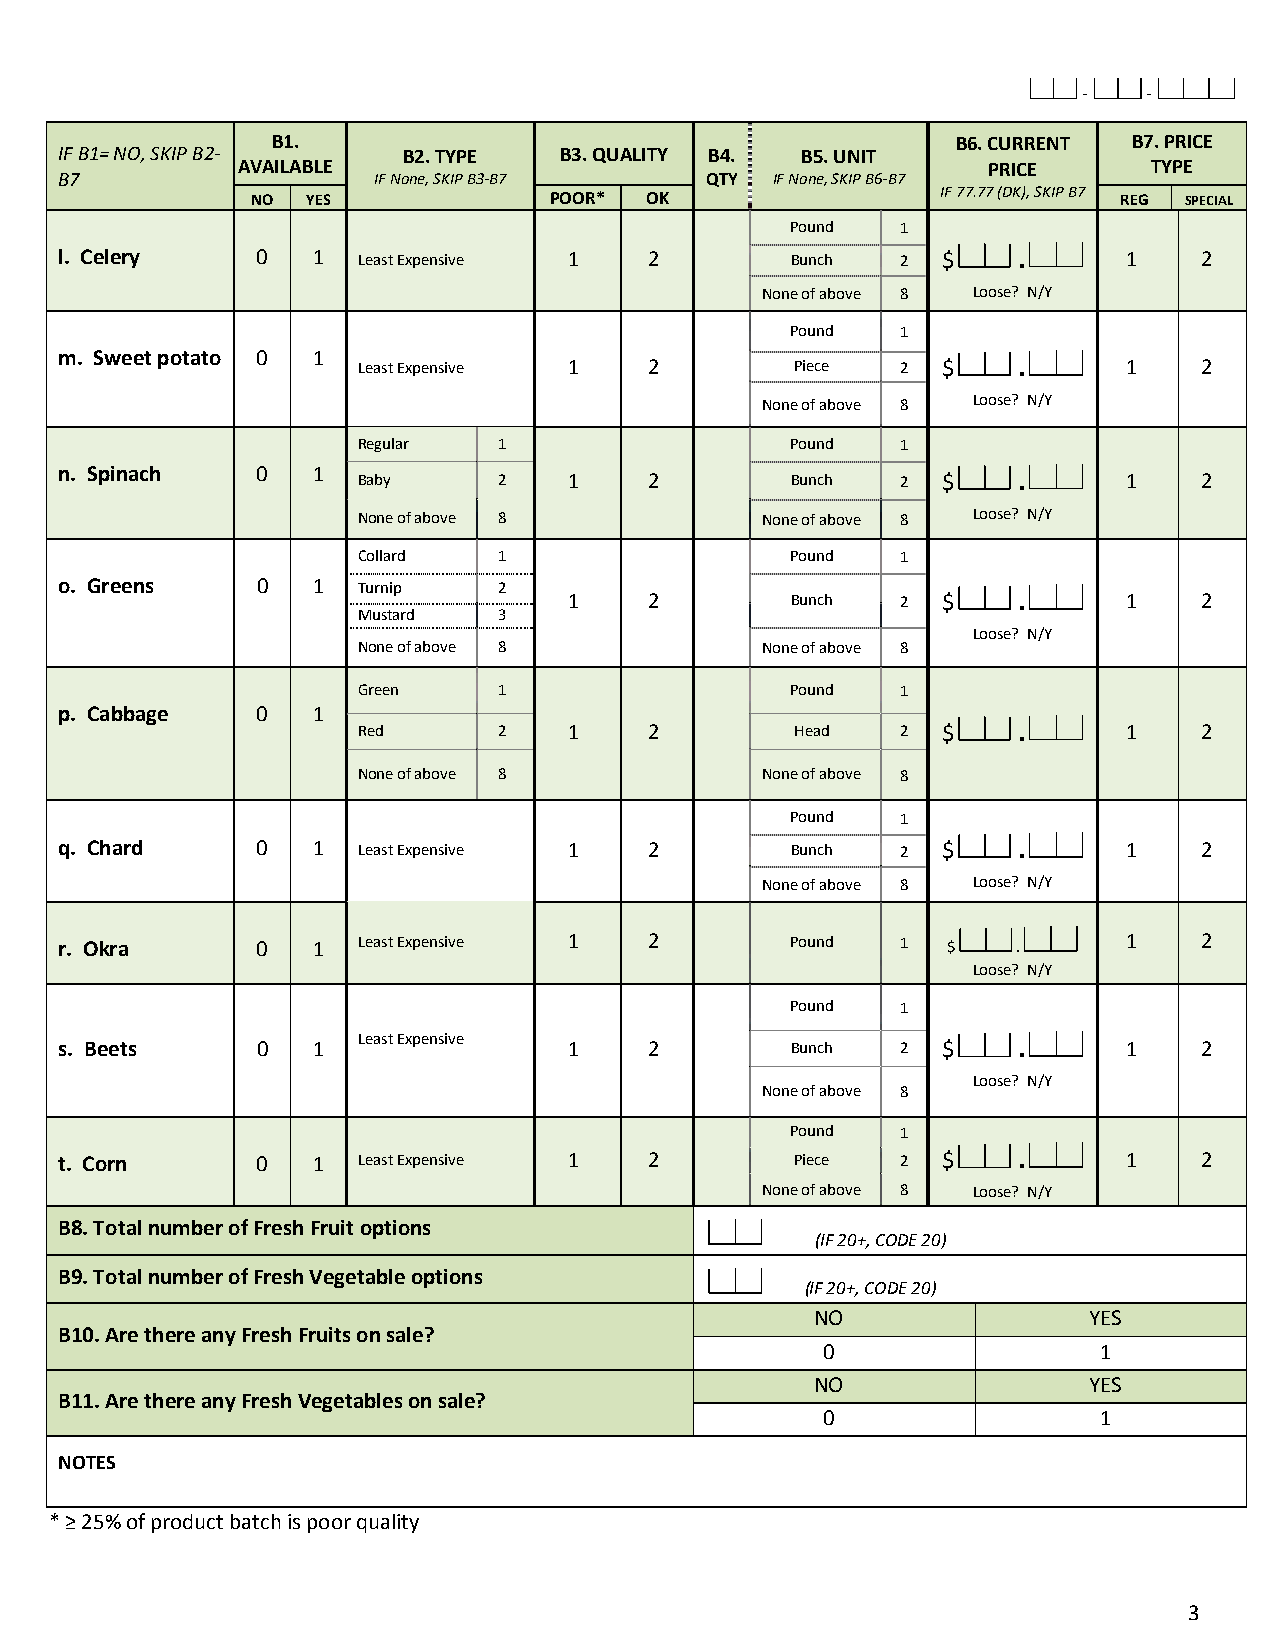
-   -
 B1.                                          B6. CURRENT B7. PRICE
 IF B1= NO, SKIP B2-    B2. TYPE  B3. QUALITY B4. B5. UNIT
 AVAILABLE                                        PRICE      TYPE
 B7                   IF None, SKIP B3-B7   QTY IF None, SKIP B6-B7
 IF 77.77 (DK), SKIP B7
 NO YES             POOR*  OK                             REG SPECIAL
 Pound   1
 l. Celery    0   1  Least Expensive 1  2        Bunch   2 $    .       1    2
 None of above 8 Loose? N/Y
 Pound   1
 m. Sweet potato 0 1
 Least Expensive 1  2         Piece  2 $    .       1    2
 None of above 8 Loose? N/Y
 Regular  1                  Pound   1
 n. Spinach   0   1  Baby     2    1    2        Bunch   2 $    .       1    2
 None of above 8           None of above 8 Loose? N/Y
 Collard  1                  Pound   1
 o. Greens    0   1  Turnip   2
 1    2        Bunch   2 $    .       1    2
 Mustard  3
 Loose? N/Y
 None of above 8           None of above 8
 Green    1                  Pound   1
 p. Cabbage   0   1
 Red      2    1    2         Head   2 $    .       1    2
 None of above 8           None of above 8
 Pound   1
 q. Chard     0   1  Least Expensive 1  2        Bunch   2 $    .       1    2
 None of above 8 Loose? N/Y
 r. Okra      0   1  Least Expensive 1  2        Pound   1  $   .       1    2
 Loose? N/Y
 Pound   1
 s. Beets     0   1  Least Expensive 1  2        Bunch   2 $    .       1    2
 Loose? N/Y
 None of above 8
 Pound   1
 t. Corn      0   1  Least Expensive 1  2         Piece  2 $    .       1    2
 None of above 8 Loose? N/Y
 B8. Total number of Fresh Fruit options
 (IF 20+, CODE 20)
 B9. Total number of Fresh Vegetable options
 (IF 20+, CODE 20)
 NO                YES
 B10. Are there any Fresh Fruits on sale?
 0                  1
 NO                YES
 B11. Are there any Fresh Vegetables on sale?
 0                  1
 NOTES
 * ≥ 25% of product batch is poor quality
 3